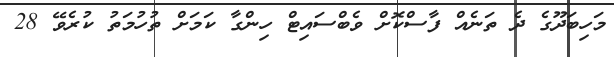
މަހިބަދޫގެ ދެ ތަނެއް ފާސްކޮށް ވެބްސައިޓް ހިންގާ ކަމަށް ތުހުމަތު ކުރެވޭ 28